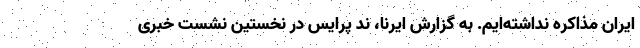
ایران مذاکره نداشته‌ایم. به گزارش ایرنا، ند پرایس در نخستین نشست خبری